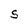
Character: S